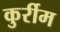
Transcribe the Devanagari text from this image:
कुर्रीम